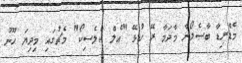
މެޑްރިޑާ ބާސެލޯނާ މާދަމާ ރޭ ކުޅޭ "އެލް ކްލެސިކޯ" މެޗުގައި މިދިޔަ ހޫނު